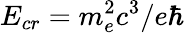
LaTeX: E_{cr}=m_{e}^{2}c^{3}/e\hbar